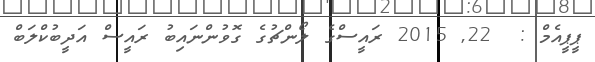
ޕީޕީއެމް :  22